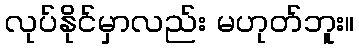
လုပ်နိုင်မှာလည်း မဟုတ်ဘူး။